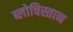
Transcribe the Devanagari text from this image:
ब्लोचिस्तान